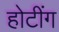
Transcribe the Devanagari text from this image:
होटींग